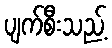
ပျက်စီးသည့်